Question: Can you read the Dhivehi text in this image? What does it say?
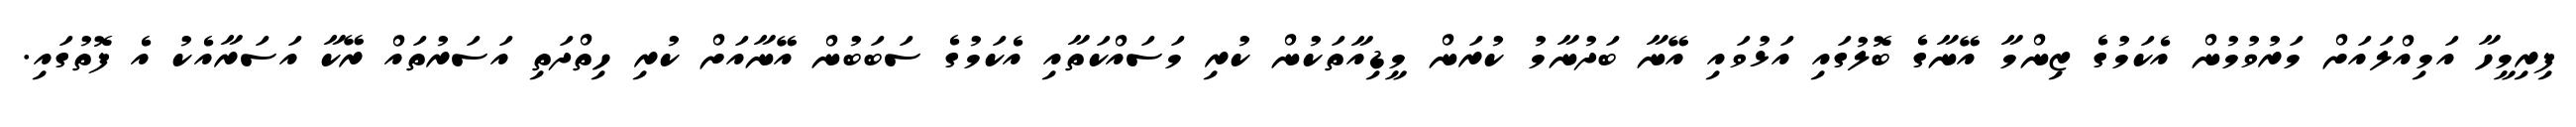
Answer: ފިރިމީހާ އަމިއްލައަށް މަރުވުމުން އެކަމުގެ ޒިންމާ އޭނާގެ ބޮލުގައި އަޅުވައި އޭނާ ބަދުނާމު ކުރަން މީޑިއާތަކުން ކުރި މަސައްކަތާއި އެކަމުގެ ސަބަބުން އޭނާއަށް ކުރި ހިތްދަތި އަސަރުތައް ރޭކާ އަސަރާއެކު އެ ފޮތުގައި.